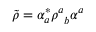
\tilde { \rho } = \alpha _ { a } ^ { * } \rho _ { \; \; b } ^ { a } \alpha ^ { a }